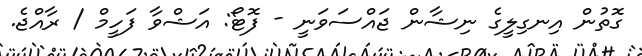
ގޮތުން އިނގިލީގެ ނިޝާން ޖައްސަވަނީ - ފޮޓޯ: އަޝްވާ ފަހީމް / ރާއްޖެ.